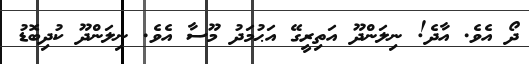
ދޯ އެވެ. އާދެ! ނިލަންދޫ އަތިރީގޭ އަޙުމަދު މޫސާ އެވެ. ނިލަންދޫ ކުދިބޮޑު